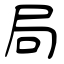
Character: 局